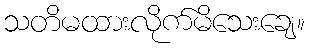
သတိမထားလိုက်မိသေးချေ။